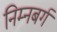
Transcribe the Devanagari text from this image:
निम्नबर्ग